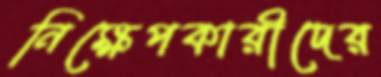
নিক্ষেপকারীদের